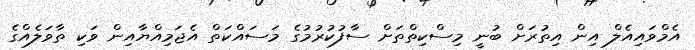
އެމްވައިއެލް އިން އިތުރަށް ބުނީ މިސްކިތްތަށް ސާފުކުރުމުގެ މަސައްކަތް އެޖަމިއްޔާއިން ވަކި ތާވަލެއްގެ